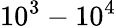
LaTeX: \mathrm{10^{3}-10^{4}}